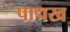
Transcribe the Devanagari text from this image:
पाद्मख